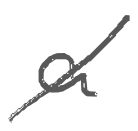
Text: a
Cross-out: diagonal
Writing tool: digital_gray